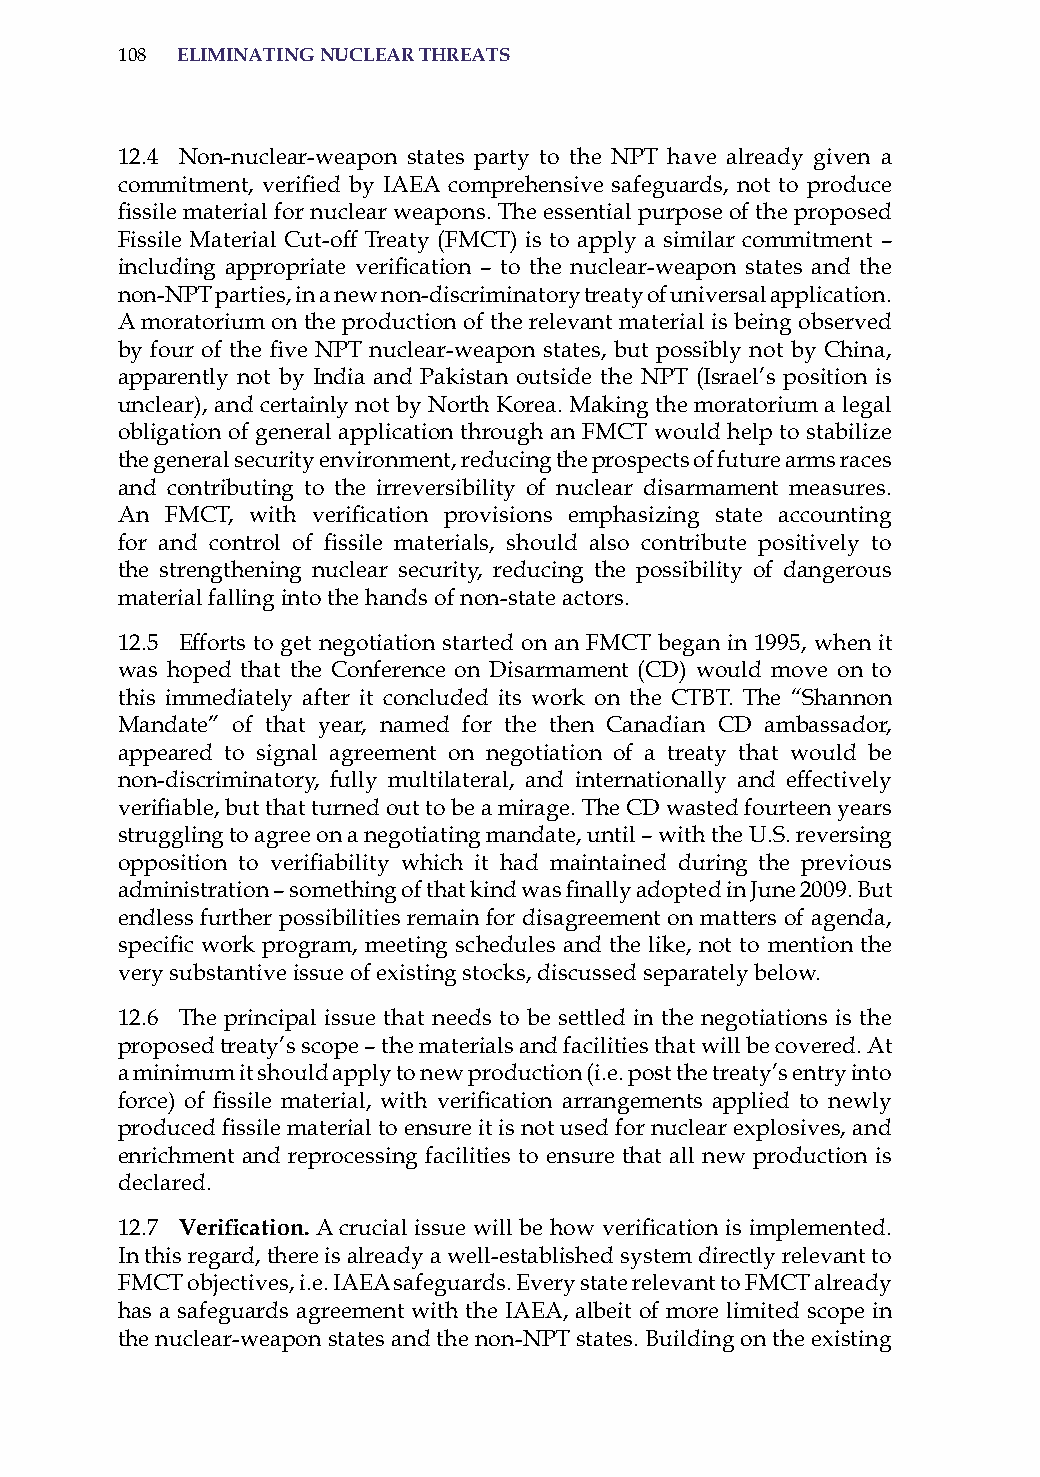
108 eliminatinG nuclear threats
 12.4 Non-nuclear-weapon states party to the NPT have already given a
 commitment, verified by IAEA comprehensive safeguards, not to produce
 fissile material for nuclear weapons. The essential purpose of the proposed
 Fissile Material Cut-off Treaty (FMCT) is to apply a similar commitment –
 including appropriate verification – to the nuclear-weapon states and the
 non-NPT parties, in a new non-discriminatory treaty of universal application.
 a moratorium on the production of the relevant material is being observed
 by four of the five NPT nuclear-weapon states, but possibly not by China,
 apparently not by india and Pakistan outside the NPT (israel’s position is
 unclear), and certainly not by North Korea. Making the moratorium a legal
 obligation of general application through an FMCT would help to stabilize
 the general security environment, reducing the prospects of future arms races
 and contributing to the irreversibility of nuclear disarmament measures.
 An FMCT, with verification provisions emphasizing state accounting
 for and control of fissile materials, should also contribute positively to
 the strengthening nuclear security, reducing the possibility of dangerous
 material falling into the hands of non-state actors.
 12.5 Efforts to get negotiation started on an FMCT began in 1995, when it
 was hoped that the Conference on Disarmament (CD) would move on to
 this immediately after it concluded its work on the CTBT. The “shannon
 Mandate” of that year, named for the then Canadian CD ambassador,
 appeared to signal agreement on negotiation of a treaty that would be
 non-discriminatory, fully multilateral, and internationally and effectively
 verifiable, but that turned out to be a mirage. The CD wasted fourteen years
 struggling to agree on a negotiating mandate, until – with the U.s. reversing
 opposition to verifiability which it had maintained during the previous
 administration – something of that kind was finally adopted in June 2009. But
 endless further possibilities remain for disagreement on matters of agenda,
 specific work program, meeting schedules and the like, not to mention the
 very substantive issue of existing stocks, discussed separately below.
 12.6 The principal issue that needs to be settled in the negotiations is the
 proposed treaty’s scope – the materials and facilities that will be covered. at
 a minimum it should apply to new production (i.e. post the treaty’s entry into
 force) of fissile material, with verification arrangements applied to newly
 produced fissile material to ensure it is not used for nuclear explosives, and
 enrichment and reprocessing facilities to ensure that all new production is
 declared.
 12.7 Verification. A crucial issue will be how verification is implemented.
 in this regard, there is already a well-established system directly relevant to
 FMCT objectives, i.e. iaEa safeguards. Every state relevant to FMCT already
 has a safeguards agreement with the iaEa, albeit of more limited scope in
 the nuclear-weapon states and the non-NPT states. Building on the existing